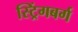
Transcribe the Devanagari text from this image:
स्ट्रिंगबर्ग